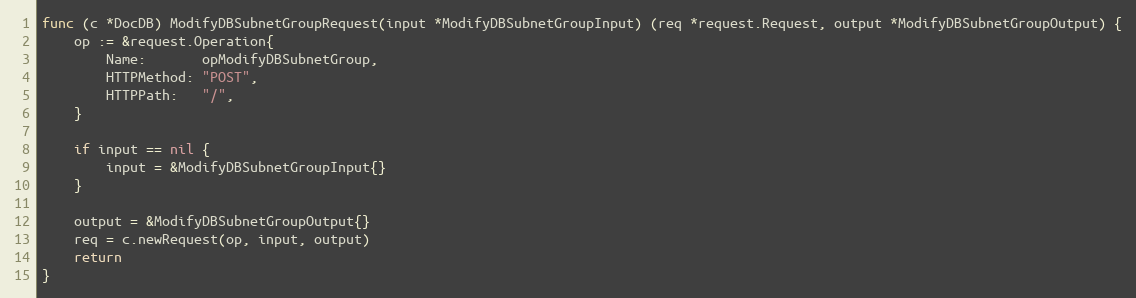
Language: Go
func (c *DocDB) ModifyDBSubnetGroupRequest(input *ModifyDBSubnetGroupInput) (req *request.Request, output *ModifyDBSubnetGroupOutput) {
	op := &request.Operation{
		Name:       opModifyDBSubnetGroup,
		HTTPMethod: "POST",
		HTTPPath:   "/",
	}

	if input == nil {
		input = &ModifyDBSubnetGroupInput{}
	}

	output = &ModifyDBSubnetGroupOutput{}
	req = c.newRequest(op, input, output)
	return
}